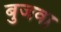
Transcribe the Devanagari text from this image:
बुजवा